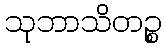
သုဘာသိတဉ္စ